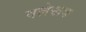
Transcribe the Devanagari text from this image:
वलेखक